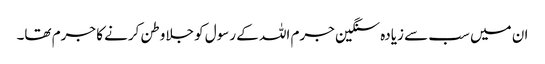
ان میں سب سے زیادہ سنگین جرم اللہ کے رسول کو جلاوطن کرنے کا جرم تھا۔